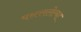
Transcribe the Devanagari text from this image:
पसररलेल्या